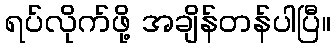
ရပ်လိုက်ဖို့ အချိန်တန်ပါပြီ။